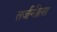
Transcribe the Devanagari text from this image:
तर्जनीला